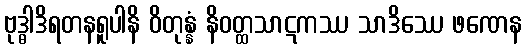
ဗုဒ္ဓါဒိရတနရူပါနိ ဝိတုန္နံ နိဝတ္ထသာဋကဿ သာဒိဿေ ဖဏေန